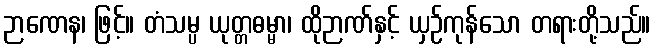
ဉာဏေန၊ ဖြင့်။ တံသမ္ပ ယုတ္တဓမ္မာ၊ ထိုဉာဏ်နှင့် ယှဉ်ကုန်သော တရားတို့သည်။